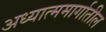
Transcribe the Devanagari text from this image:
अध्यात्ममार्गातील